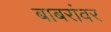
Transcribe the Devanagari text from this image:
बाबरांवर